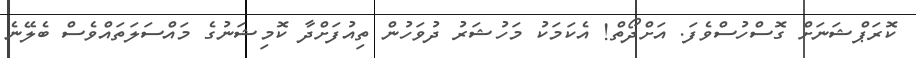
ކޮރަޕްޝަނަށް ގޮސްހުސްވެފަ. އަށްދޯތް! އެކަމަކު މަހުޝަރު ދުވަހުން ތިއުފަށްދާ ކޮމިޝަނުގެ މައްސަލަތައްވެސް ބެލޭނެ